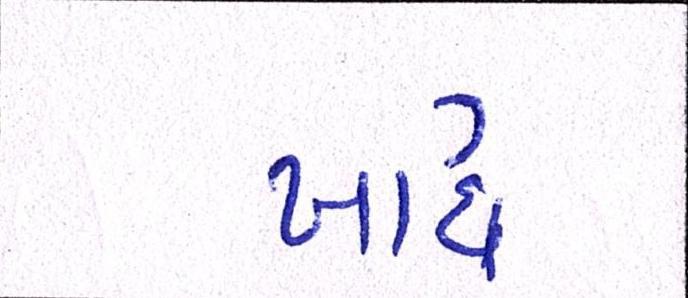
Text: ખાધ